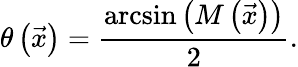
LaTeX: \theta\left(\vec{x}\right)=\frac{\arcsin{\left(M\left(\vec{x}\right)\right)}}{2}.